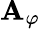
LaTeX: \mathbf{A}_{\varphi}